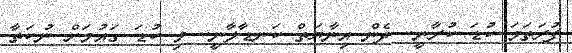
ފުރަތަމަ ކުޑަ ކުރާނީ.. ދެން އިނާޔަތް ކަނޑާލާނީ.. މި ކުޑަ ގައުމަށް ނުކަތާ